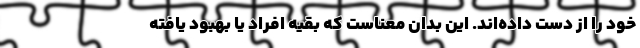
خود را از دست داده‌اند. این بدان معناست که بقیه افراد یا بهبود یافته